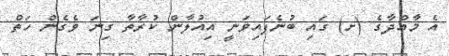
އެ މާއްދާގެ (ށ) ގައި ބުނެފައިވަނީ އިއުލާން ކުރާތާ ގިނަ ވެގެން ހަތް